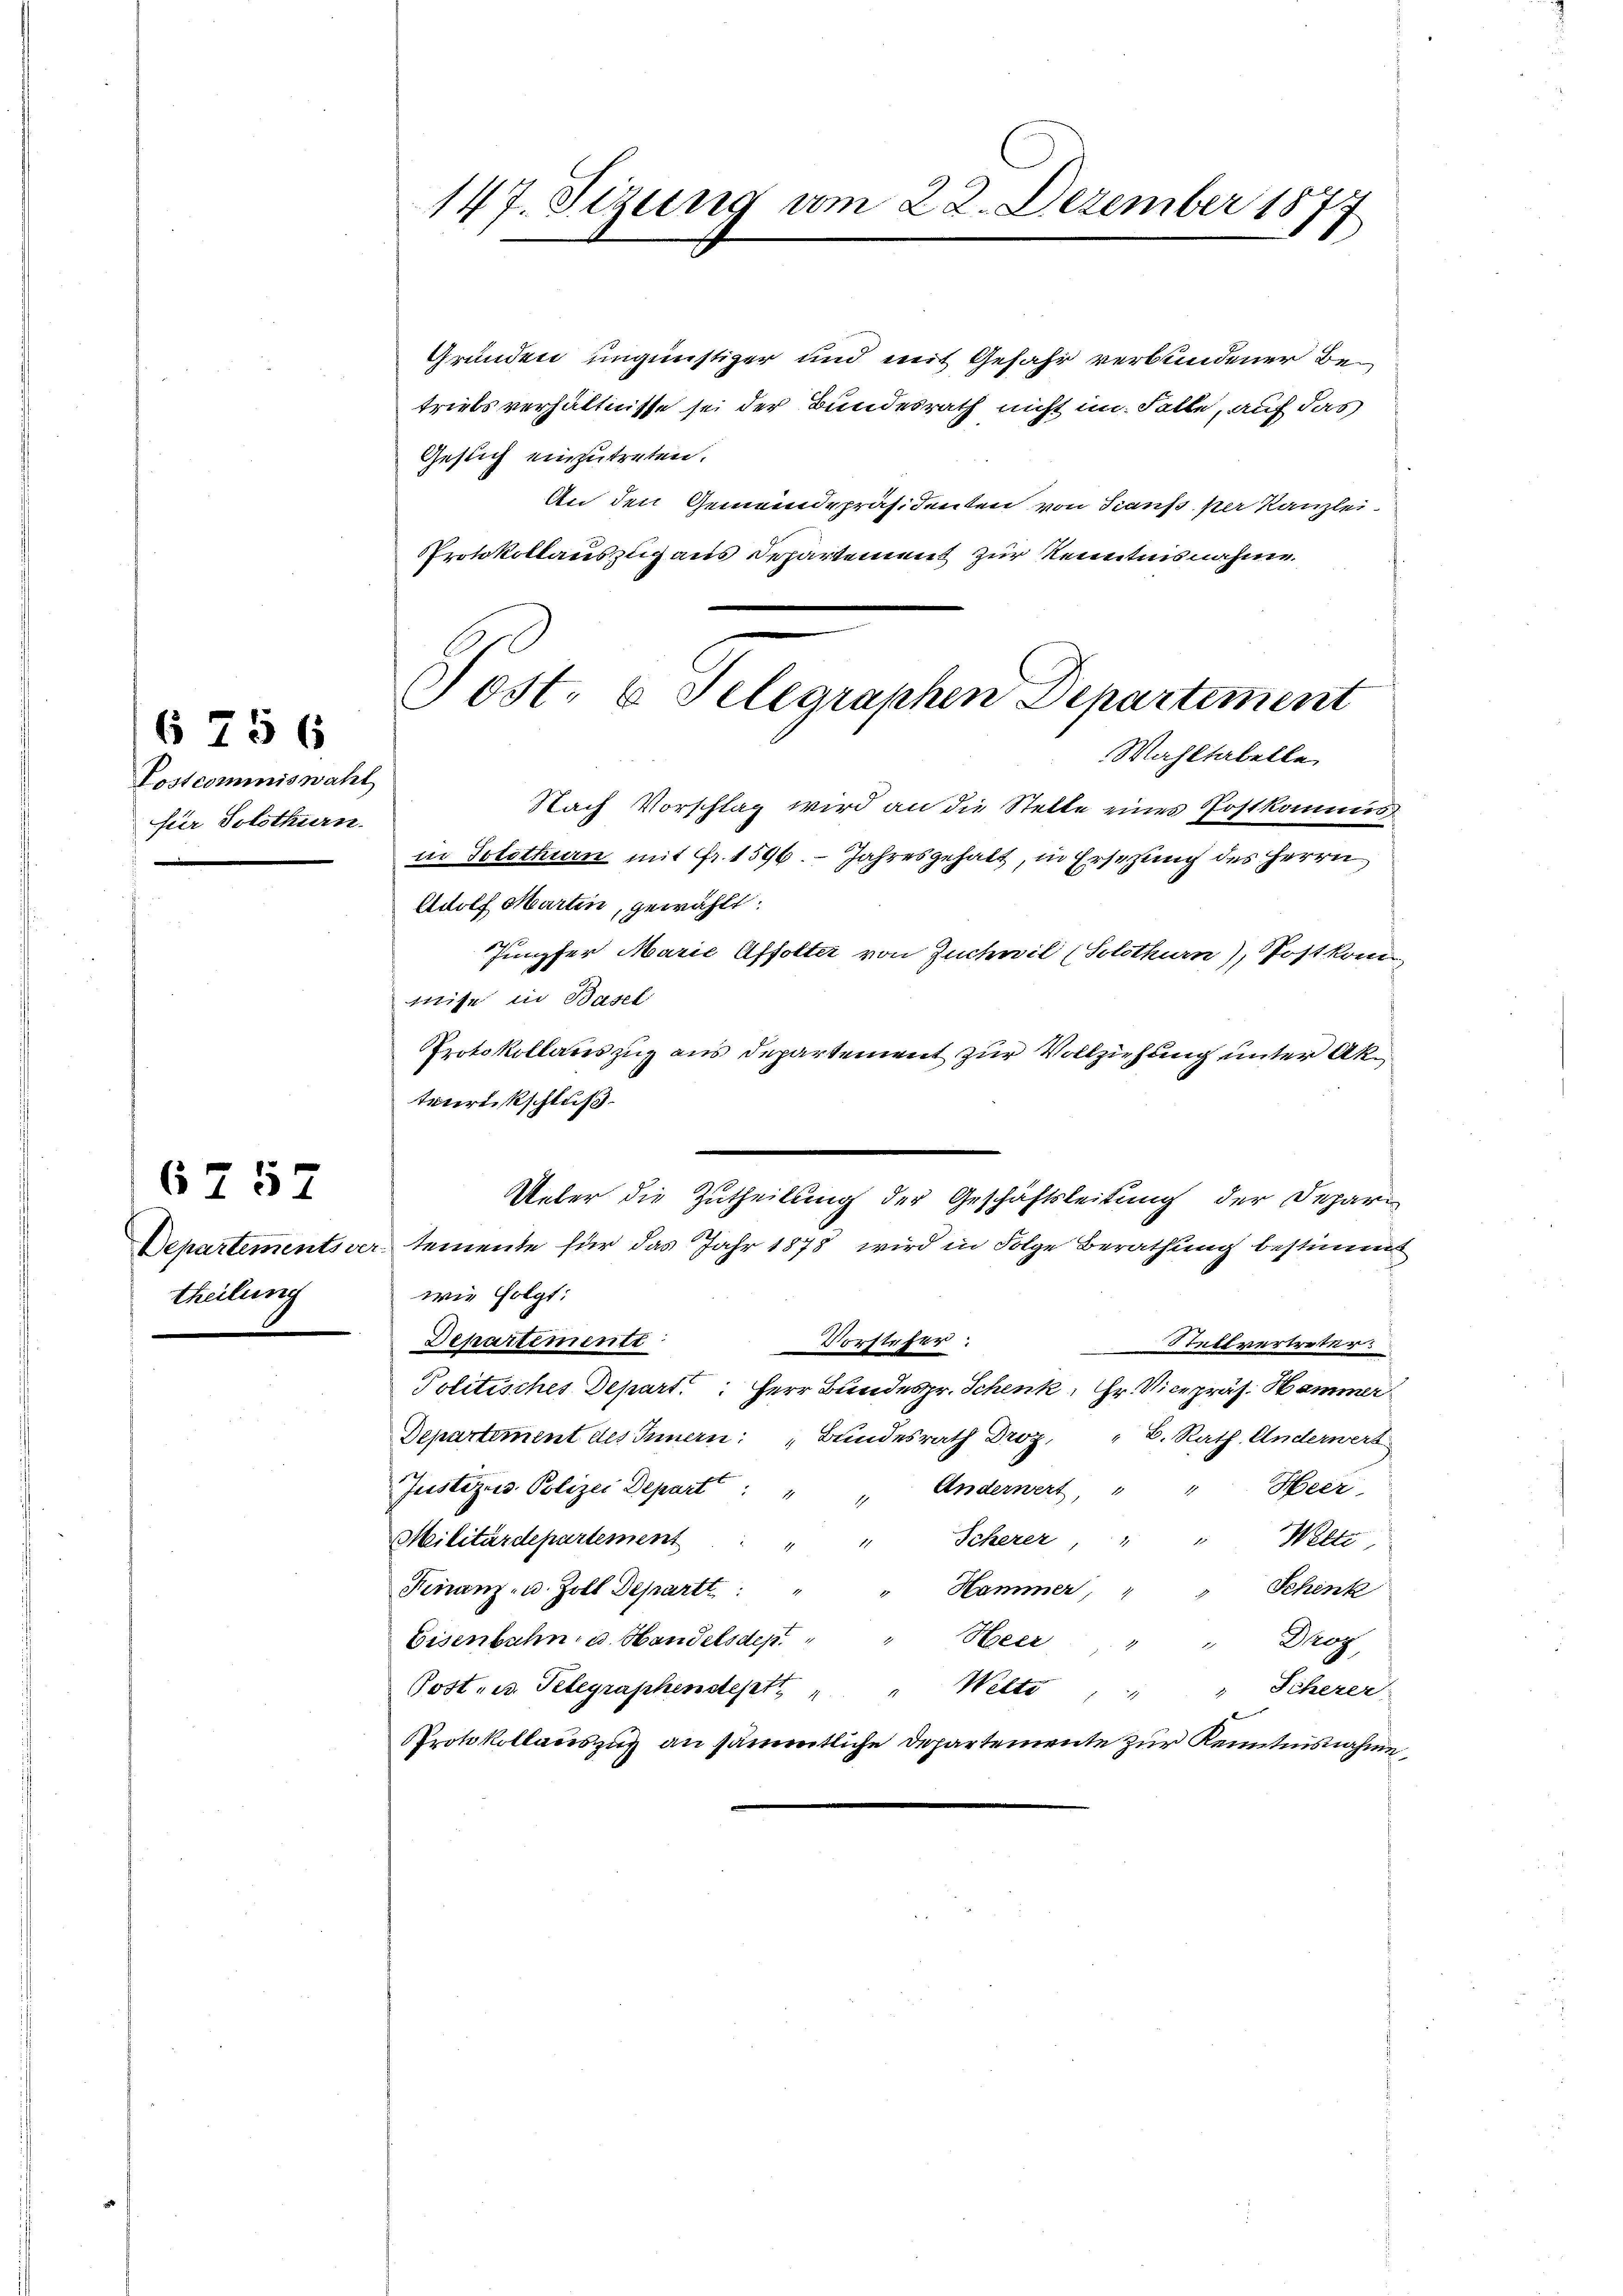
Postcommiswahl
für Solothurn.

6 756

theilung

6757

147. Sizung vom 22. Dezember 187

Gründen ungünstiger und mit Gefahr verbundener Betriebsverhältnisse sei der Bundesrath nicht im Falle, auf das
Gesuch einzutreten.
An den Gemeindepräsidenten von Stands per Kanzlei-
Protokollauszug aus Departement zur Kenntnisnahme.
Nach Vorschlag wird an die Stelle eines Postkommis
in Solothurn mit Fr. 1596. Jahresgehalt, in Ersetzung des Herrn
Adolf Marten, gewählt:
Jungfer Marie Affolter von Zuchwil (Solothurn), Postkom
ise in Basel
Protokollauszug aus Departement zur Vollziehung unter Aktenreisschluß
Ueber die Zutheilung der Geschäftsleitung der Depar¬
Departementsvertemente für das Jahr 1878 wird in Folge Berathung bestimmt
wie folgt:
Sehartemente
Vorsteher.
Stellvertreter
Politisches Depart. Herr Bundesr. Schenk, Hr. Vicepräs. Hammer
Departement des Innern: „Bundesrath Droz. " B. Rath. Anderwert
Justiz u. Polizei Depart
Heer
Anderwert,
Scherer, " " Welti
Militärdepartement
Finanz- u. Zoll Departt
Schenk
Hammer,
Mag
Heer
Eisenbahn, u. Handelsdep
Post u. Telegraphendept
" Welti
" Scherer
d
Protokollauszug an sämmtliche Departemente zur Kenntnisnahme,

Post- & Selegraphen Departement
Wahltabelle